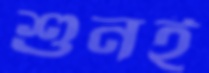
শুনই